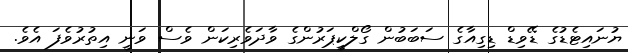
ޔުނައިޓެޑުގެ ޑޭވިޑް ޑިގިއާގެ ސަބަބުން ގޯލްކީޕަރުންގެ ވާދަވެރިކަން ވެސް ވަނީ އިތުރުވެފަ އެވެ.